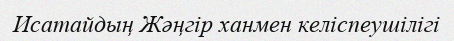
Исатайдың Жәңгір ханмен келіспеушілігі